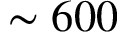
\sim 6 0 0